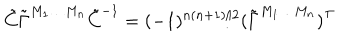
LaTeX: \tilde { C } \tilde { \Gamma } ^ { M _ { 1 } \ldots M _ { n } } \tilde { C } ^ { - 1 } = ( - 1 ) ^ { n ( n + 1 ) / 2 } ( \tilde { \Gamma } ^ { M _ { 1 } \ldots M _ { n } } ) ^ { \top }